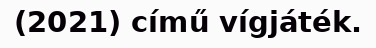
(2021) című vígjáték.